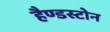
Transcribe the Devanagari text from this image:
हैण्डस्टोन